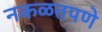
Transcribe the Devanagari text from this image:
नकळतपणे